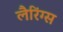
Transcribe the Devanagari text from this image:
लैरिंग्स